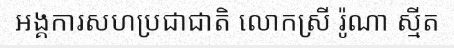
អង្គការសហប្រជាជាតិ លោកស្រី រ៉ូណា ស្មីត